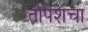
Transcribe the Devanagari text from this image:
तोपेशचा